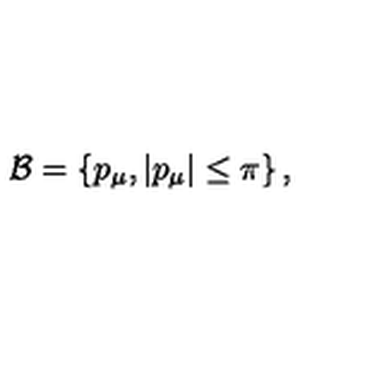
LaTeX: \mathcal { B } = \left\{ p _ { \mu } , \left| p _ { \mu } \right| \le \pi \right\} ,